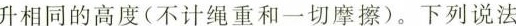
相同的高度(不计绳重和一切摩擦)。下列说法